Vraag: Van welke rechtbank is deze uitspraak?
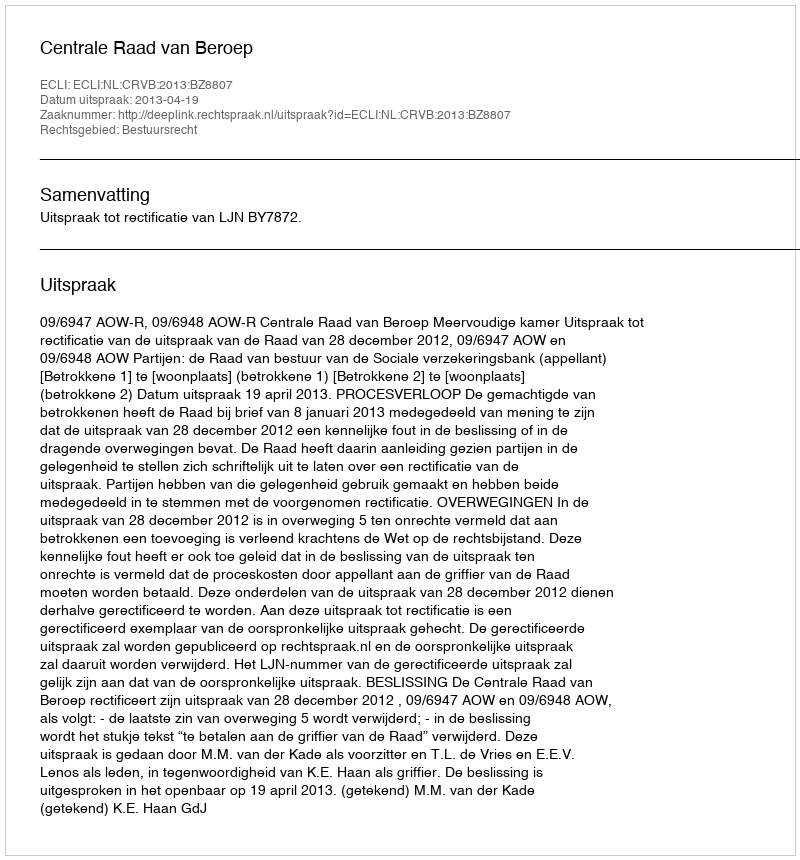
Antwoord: Centrale Raad van Beroep